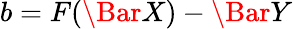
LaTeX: b=F(\Bar{X})-\Bar{Y}